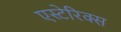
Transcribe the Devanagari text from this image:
एस्टेरिक्स